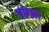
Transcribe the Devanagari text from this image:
पांगरा